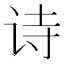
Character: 诗